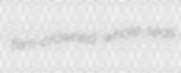
fern-crowned whole-seas